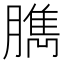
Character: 臇